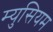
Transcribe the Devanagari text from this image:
म्युसियम